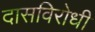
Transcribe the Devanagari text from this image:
दासविरोधी